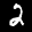
Digit: 2